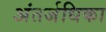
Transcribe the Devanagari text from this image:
अंतर्जधिका